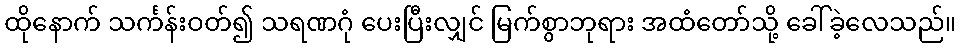
ထိုနောက် သင်္ကန်းဝတ်၍ သရဏဂုံ ပေးပြီးလျှင် မြက်စွာဘုရား အထံတော်သို့ ခေါ်ခဲ့လေသည်။